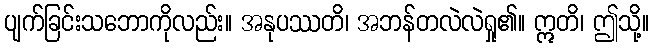
ပျက်ခြင်းသဘောကိုလည်း။ အနုပဿတိ၊ အဘန်တလဲလဲရှု၏။ ဣတိ၊ ဤသို့။